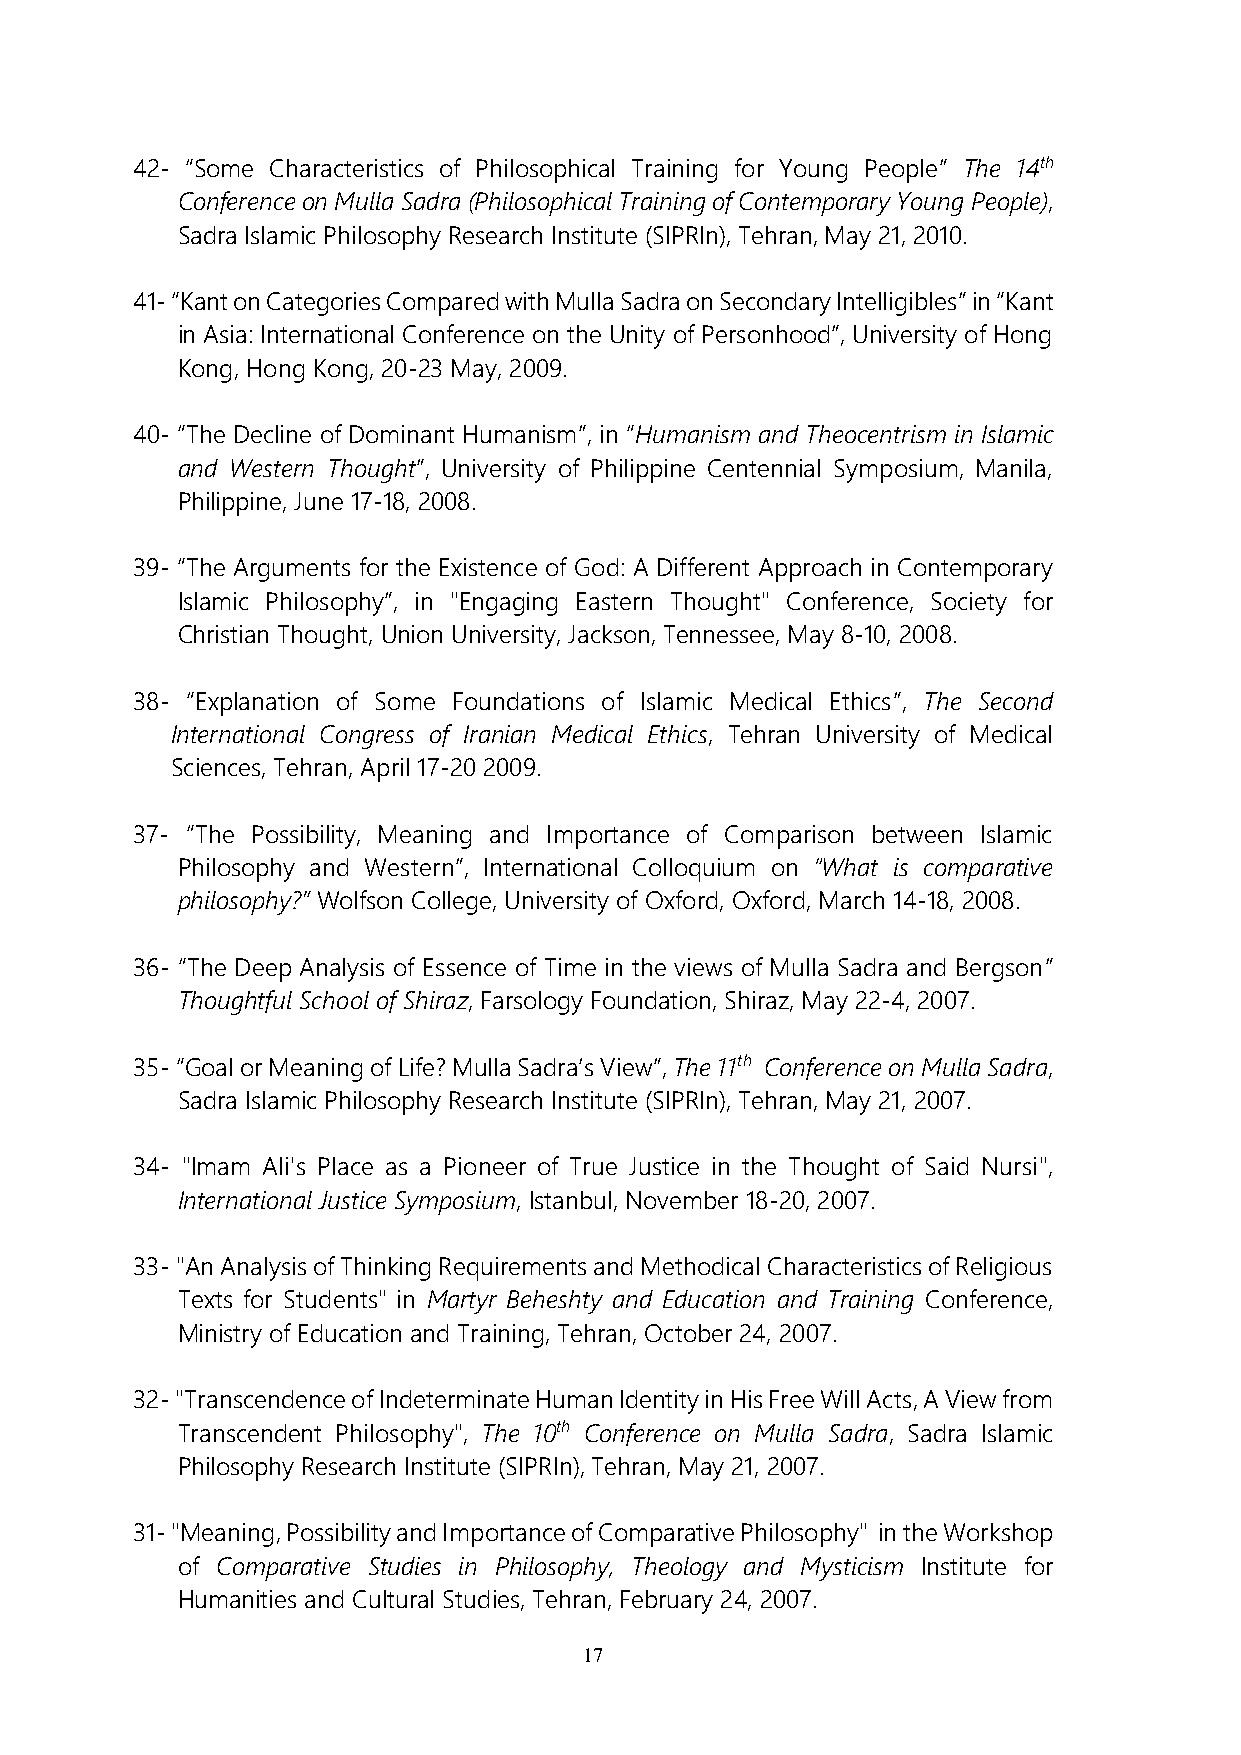
42- “Some Characteristics of Philosophical Training for Young People” The 14th
 Conference on Mulla Sadra (Philosophical Training of Contemporary Young People),
 Sadra Islamic Philosophy Research Institute (SIPRIn), Tehran, May 21, 2010.
 41- “Kant on Categories Compared with Mulla Sadra on Secondary Intelligibles” in “Kant
 in Asia: International Conference on the Unity of Personhood”, University of Hong
 Kong, Hong Kong, 20-23 May, 2009.
 40- “The Decline of Dominant Humanism”, in “Humanism and Theocentrism in Islamic
 and Western Thought”, University of Philippine Centennial Symposium, Manila,
 Philippine, June 17-18, 2008.
 39- “The Arguments for the Existence of God: A Different Approach in Contemporary
 Islamic Philosophy”, in "Engaging Eastern Thought" Conference, Society for
 Christian Thought, Union University, Jackson, Tennessee, May 8-10, 2008.
 38- “Explanation of Some Foundations of Islamic Medical Ethics”, The Second
 International Congress of Iranian Medical Ethics, Tehran University of Medical
 Sciences, Tehran, April 17-20 2009.
 37- “The Possibility, Meaning and Importance of Comparison between Islamic
 Philosophy and Western”, International Colloquium on “What is comparative
 philosophy?” Wolfson College, University of Oxford, Oxford, March 14-18, 2008.
 36- “The Deep Analysis of Essence of Time in the views of Mulla Sadra and Bergson”
 Thoughtful School of Shiraz, Farsology Foundation, Shiraz, May 22-4, 2007.
 35- “Goal or Meaning of Life? Mulla Sadra’s View”, The 11th Conference on Mulla Sadra,
 Sadra Islamic Philosophy Research Institute (SIPRIn), Tehran, May 21, 2007.
 34- "Imam Ali's Place as a Pioneer of True Justice in the Thought of Said Nursi",
 International Justice Symposium, Istanbul, November 18-20, 2007.
 33- "An Analysis of Thinking Requirements and Methodical Characteristics of Religious
 Texts for Students" in Martyr Beheshty and Education and Training Conference,
 Ministry of Education and Training, Tehran, October 24, 2007.
 32- "Transcendence of Indeterminate Human Identity in His Free Will Acts, A View from
 Transcendent Philosophy", The 10th Conference on Mulla Sadra, Sadra Islamic
 Philosophy Research Institute (SIPRIn), Tehran, May 21, 2007.
 31- "Meaning, Possibility and Importance of Comparative Philosophy" in the Workshop
 of Comparative Studies in Philosophy, Theology and Mysticism Institute for
 Humanities and Cultural Studies, Tehran, February 24, 2007.
 17